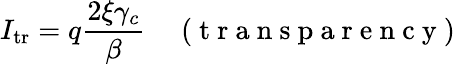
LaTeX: I_{\mathrm{tr}}=q\frac{2\xi\gamma_{c}}{\beta}\quad\mathrm{~(~t~r~a~n~s~p~a~r~e~n~c~y~)~}